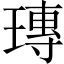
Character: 瑼